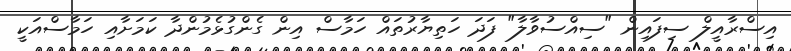
އިސްރާއީލް ސިފައިން "ސިއްސުވާލާ" ފަދަ ހަތިޔާރުތައް ހަމާސް އިން ގެންގުޅެމުންދާ ކަމަށާއި ހަމާސްއަކީ